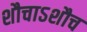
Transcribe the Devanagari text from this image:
शौचाऽशौच